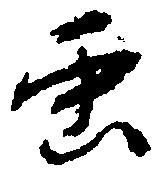
虫